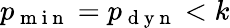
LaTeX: p_{\mathrm{~m~i~n~}}=p_{\mathrm{~d~y~n~}}<k